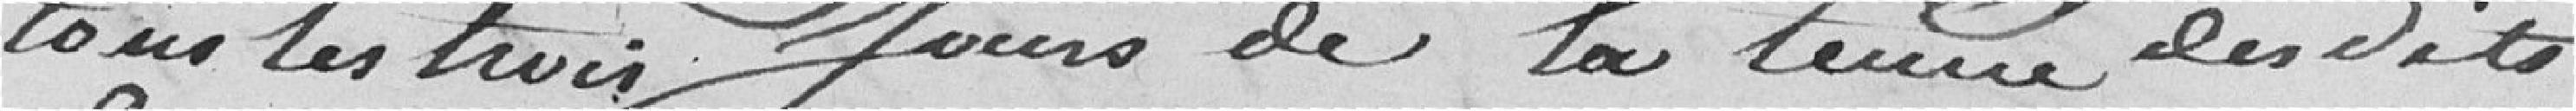
tous les trois jours de la tenue des dits